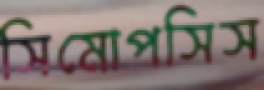
সিমোপসিস